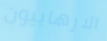
الارهابيون